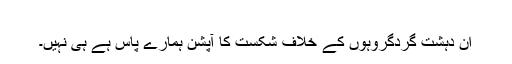
​
ان دہشت گردگروہوں کے خلاف شکست کا آپشن ہمارے پاس ہے ہی نہيں۔